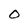
Character: 0